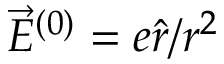
\overrightarrow { E } ^ { ( 0 ) } = e \hat { r } / r ^ { 2 }